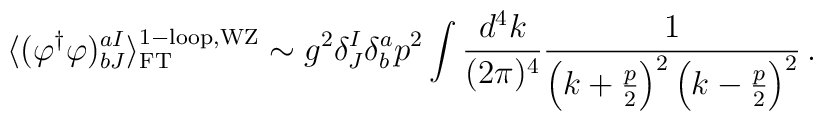
\langle (\varphi^{\dagger}\varphi)^{aI}_{bJ} 	\rangle^{{\rm 1-loop,WZ}}_{{\rm FT}} \sim g^{2} \delta^{I}_{J}	\delta^{a}_{b} p^{2} \int \frac{d^{4}k}{(2\pi)^{4}} 	\frac{1}{\left(k+\frac{p}{2}\right)^{2}	\left(k-\frac{p}{2}\right)^{2}} \, .